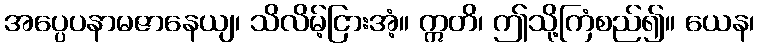
အပ္ပေပနာမဇာနေယျ၊ သိလိမ့်ငြားအံ့။ ဣတိ၊ ဤသို့ကြံစည်၍။ ယေန၊